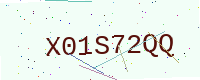
Text: X01S72QQ